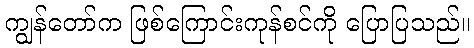
ကျွန်တော်က ဖြစ်ကြောင်းကုန်စင်ကို ပြောပြသည်။